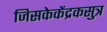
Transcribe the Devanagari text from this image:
जिसकेकेंद्रकसुत्र